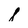
Character: 8